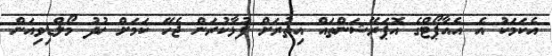
އެކަމަކު އެ އެއާޕޯޓްގެ އޮޕަރޭޝަންތައް އިތުރަށް ފުޅާކުރަން ޖެހޭ ކަމަށް ޚުދު މޯލްޑިވިއަން